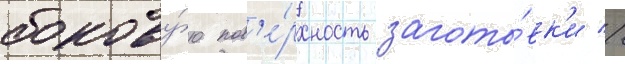
бокову́ю пов'е́рхность загото́вк'и //